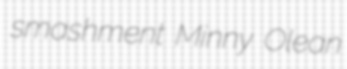
smashment Minny Olean